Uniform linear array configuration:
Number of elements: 32
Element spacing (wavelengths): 1
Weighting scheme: hann
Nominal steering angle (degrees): -60
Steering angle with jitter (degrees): -58.058
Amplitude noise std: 0.05
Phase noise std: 0.05

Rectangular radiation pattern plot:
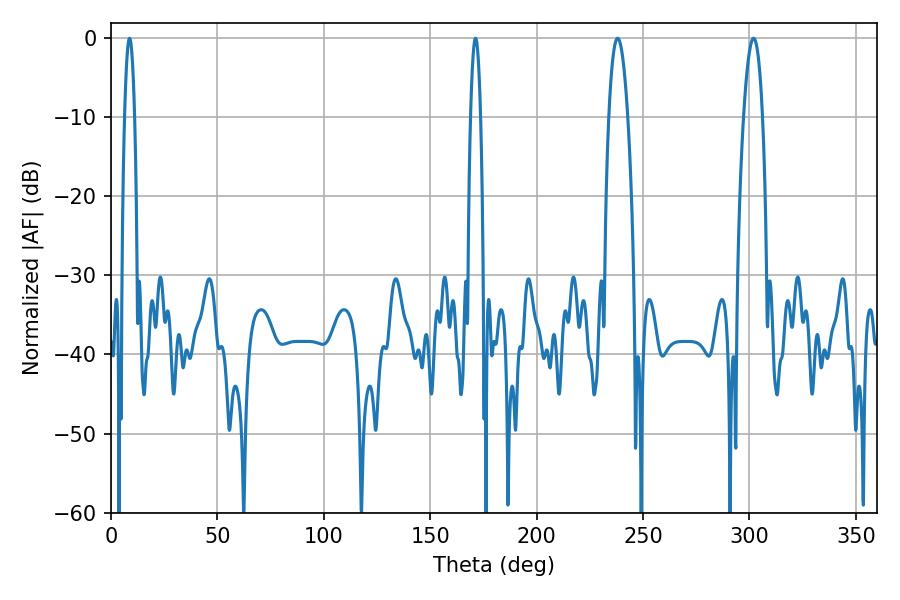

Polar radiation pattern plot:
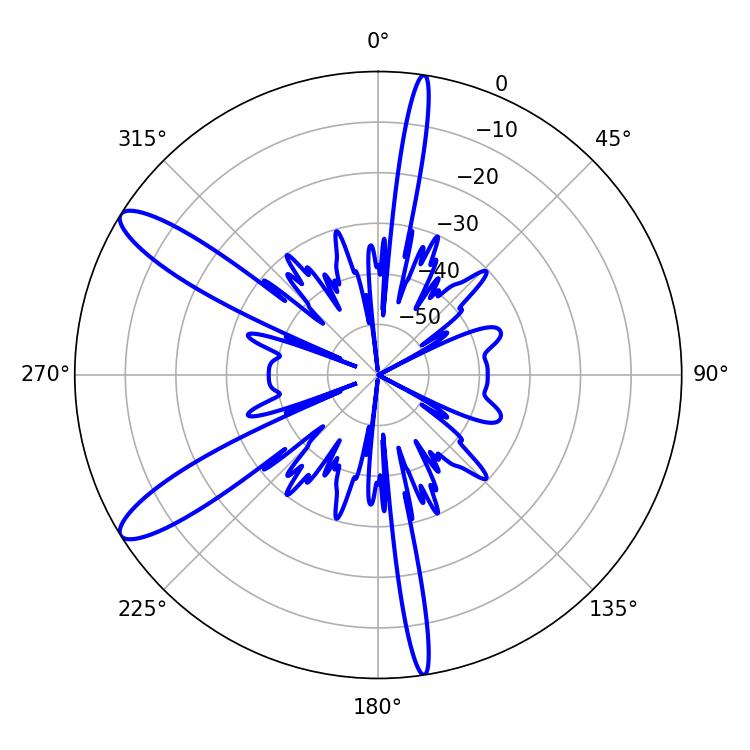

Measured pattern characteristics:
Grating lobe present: TRUE
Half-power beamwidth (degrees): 5.04
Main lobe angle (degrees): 238.14